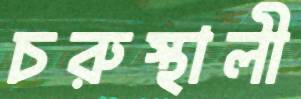
চরুস্থালী